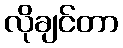
လိုချင်တာ